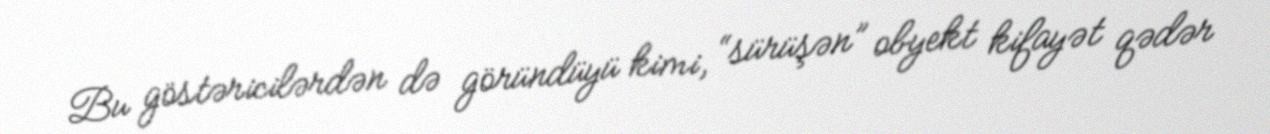
Bu göstəricilərdən də göründüyü kimi, “sürüşən” obyekt kifayət qədər